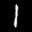
Label: 1